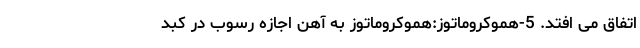
اتفاق می افتد. 5-هموکروماتوز:هموکروماتوز به آهن اجازه رسوب در کبد